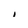
Character: i